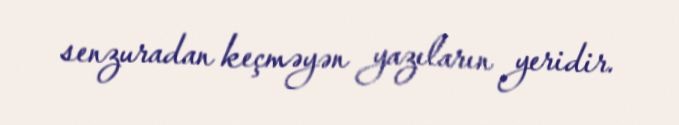
senzuradan keçməyən yazıların yeridir.